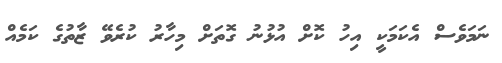
ނަމަވެސް އެކަމަކީ އިހު ކޮށް އުޅުނު ގޮތަށް މިހާރު ކުރެވޭ ޒާތުގެ ކަމެއް